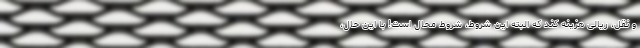
و نقل، ریالی هزینه کند که البته این شروط، شروط محال است! با این حال،